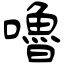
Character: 嚕